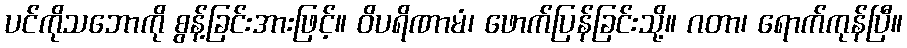
ပင်ကိုသဘောကို စွန့်ခြင်းအားဖြင့်။ ဝိပရိဏာမံ၊ ဖောက်ပြန်ခြင်းသို့။ ဂတာ၊ ရောက်ကုန်ပြီ။